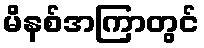
မိနစ်အကြာတွင်